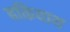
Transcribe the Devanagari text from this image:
बकियाथ